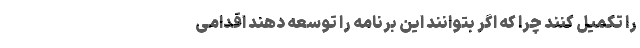
را تکمیل کنند چرا که اگر بتوانند این برنامه را توسعه دهند اقدامی